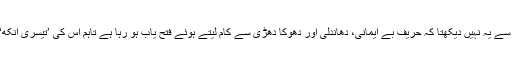
چونکہ وہ بینائی سے محروم ہے اس لیے دنیاوی آنکھوں سے یہ نہیں دیکھتا کہ حریف بے ایمانی، دھاندلی اور دھوکا دھڑی سے کام لیتے ہوئے فتح یاب ہو رہا ہے تاہم اُس کی ’تیسری آنکھ‘ وہ سب کچھ دیکھ رہی ہے جس سے دیدہ ور محروم ہیں۔